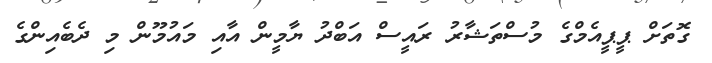
ގޮތަށް ޕީޕީއެމްގެ މުސްތަޝާރު ރައީސް އަބްދު ޔާމީން އާއި މައުމޫން މި ދެބެއިންގެ